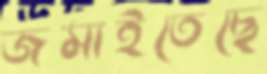
জমাইতেছে